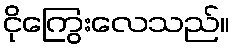
ငိုကြွေးလေသည်။